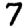
Digit: 7